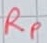
Text: RP